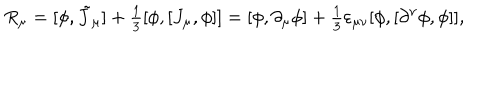
LaTeX: R _ { \mu } = [ \phi , \tilde { J } _ { \mu } ] + { \textstyle \frac 1 3 } [ \phi , [ J _ { \mu } , \phi ] ] = [ \phi , \partial _ { \mu } \phi ] + { \textstyle \frac 1 3 } \varepsilon _ { \mu \nu } [ \phi , [ \partial ^ { \nu } \phi , \phi ] ] ,